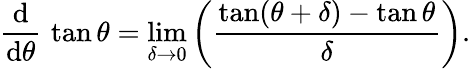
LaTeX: {\frac{\operatorname{d}}{\operatorname{d}\! \theta}}\, \tan\theta=\operatorname*{lim}_{\delta\to 0}\left({\frac{\tan(\theta+\delta)-\tan\theta}{\delta}}\right).